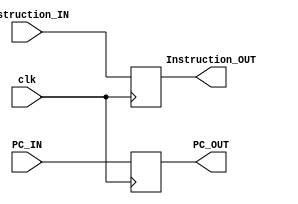
module Pipe_IF_ID
(
	input clk,
	
	input [31:0] Instruction_IN,
	input [31:0] PC_IN,
	
	output reg [31:0] Instruction_OUT,
	output reg [31:0] PC_OUT
);


always@(negedge clk)
	begin
		
		Instruction_OUT = Instruction_IN;
		PC_OUT = PC_IN;

	end

endmodule